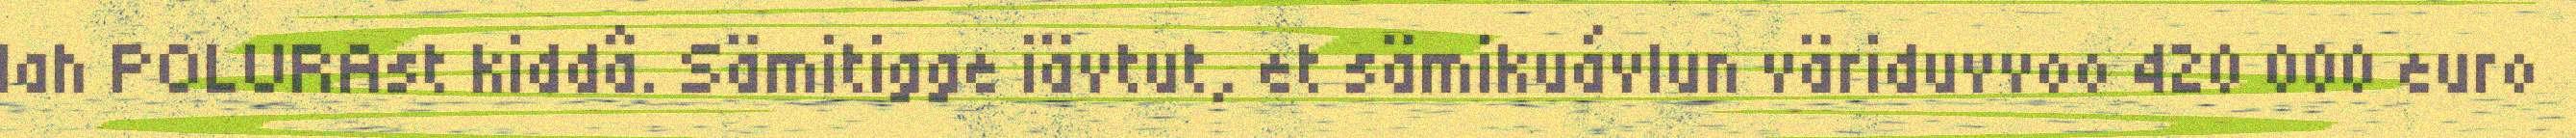
lah POLURAst kiddâ. Sämitigge iävtut, et sämikuávlun väriduvvoo 420 000 euro